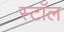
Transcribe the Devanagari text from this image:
स्टाॅल